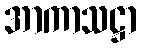
အာကာသဋ္ဌာ